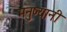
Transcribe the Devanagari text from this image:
मनुष्यानी